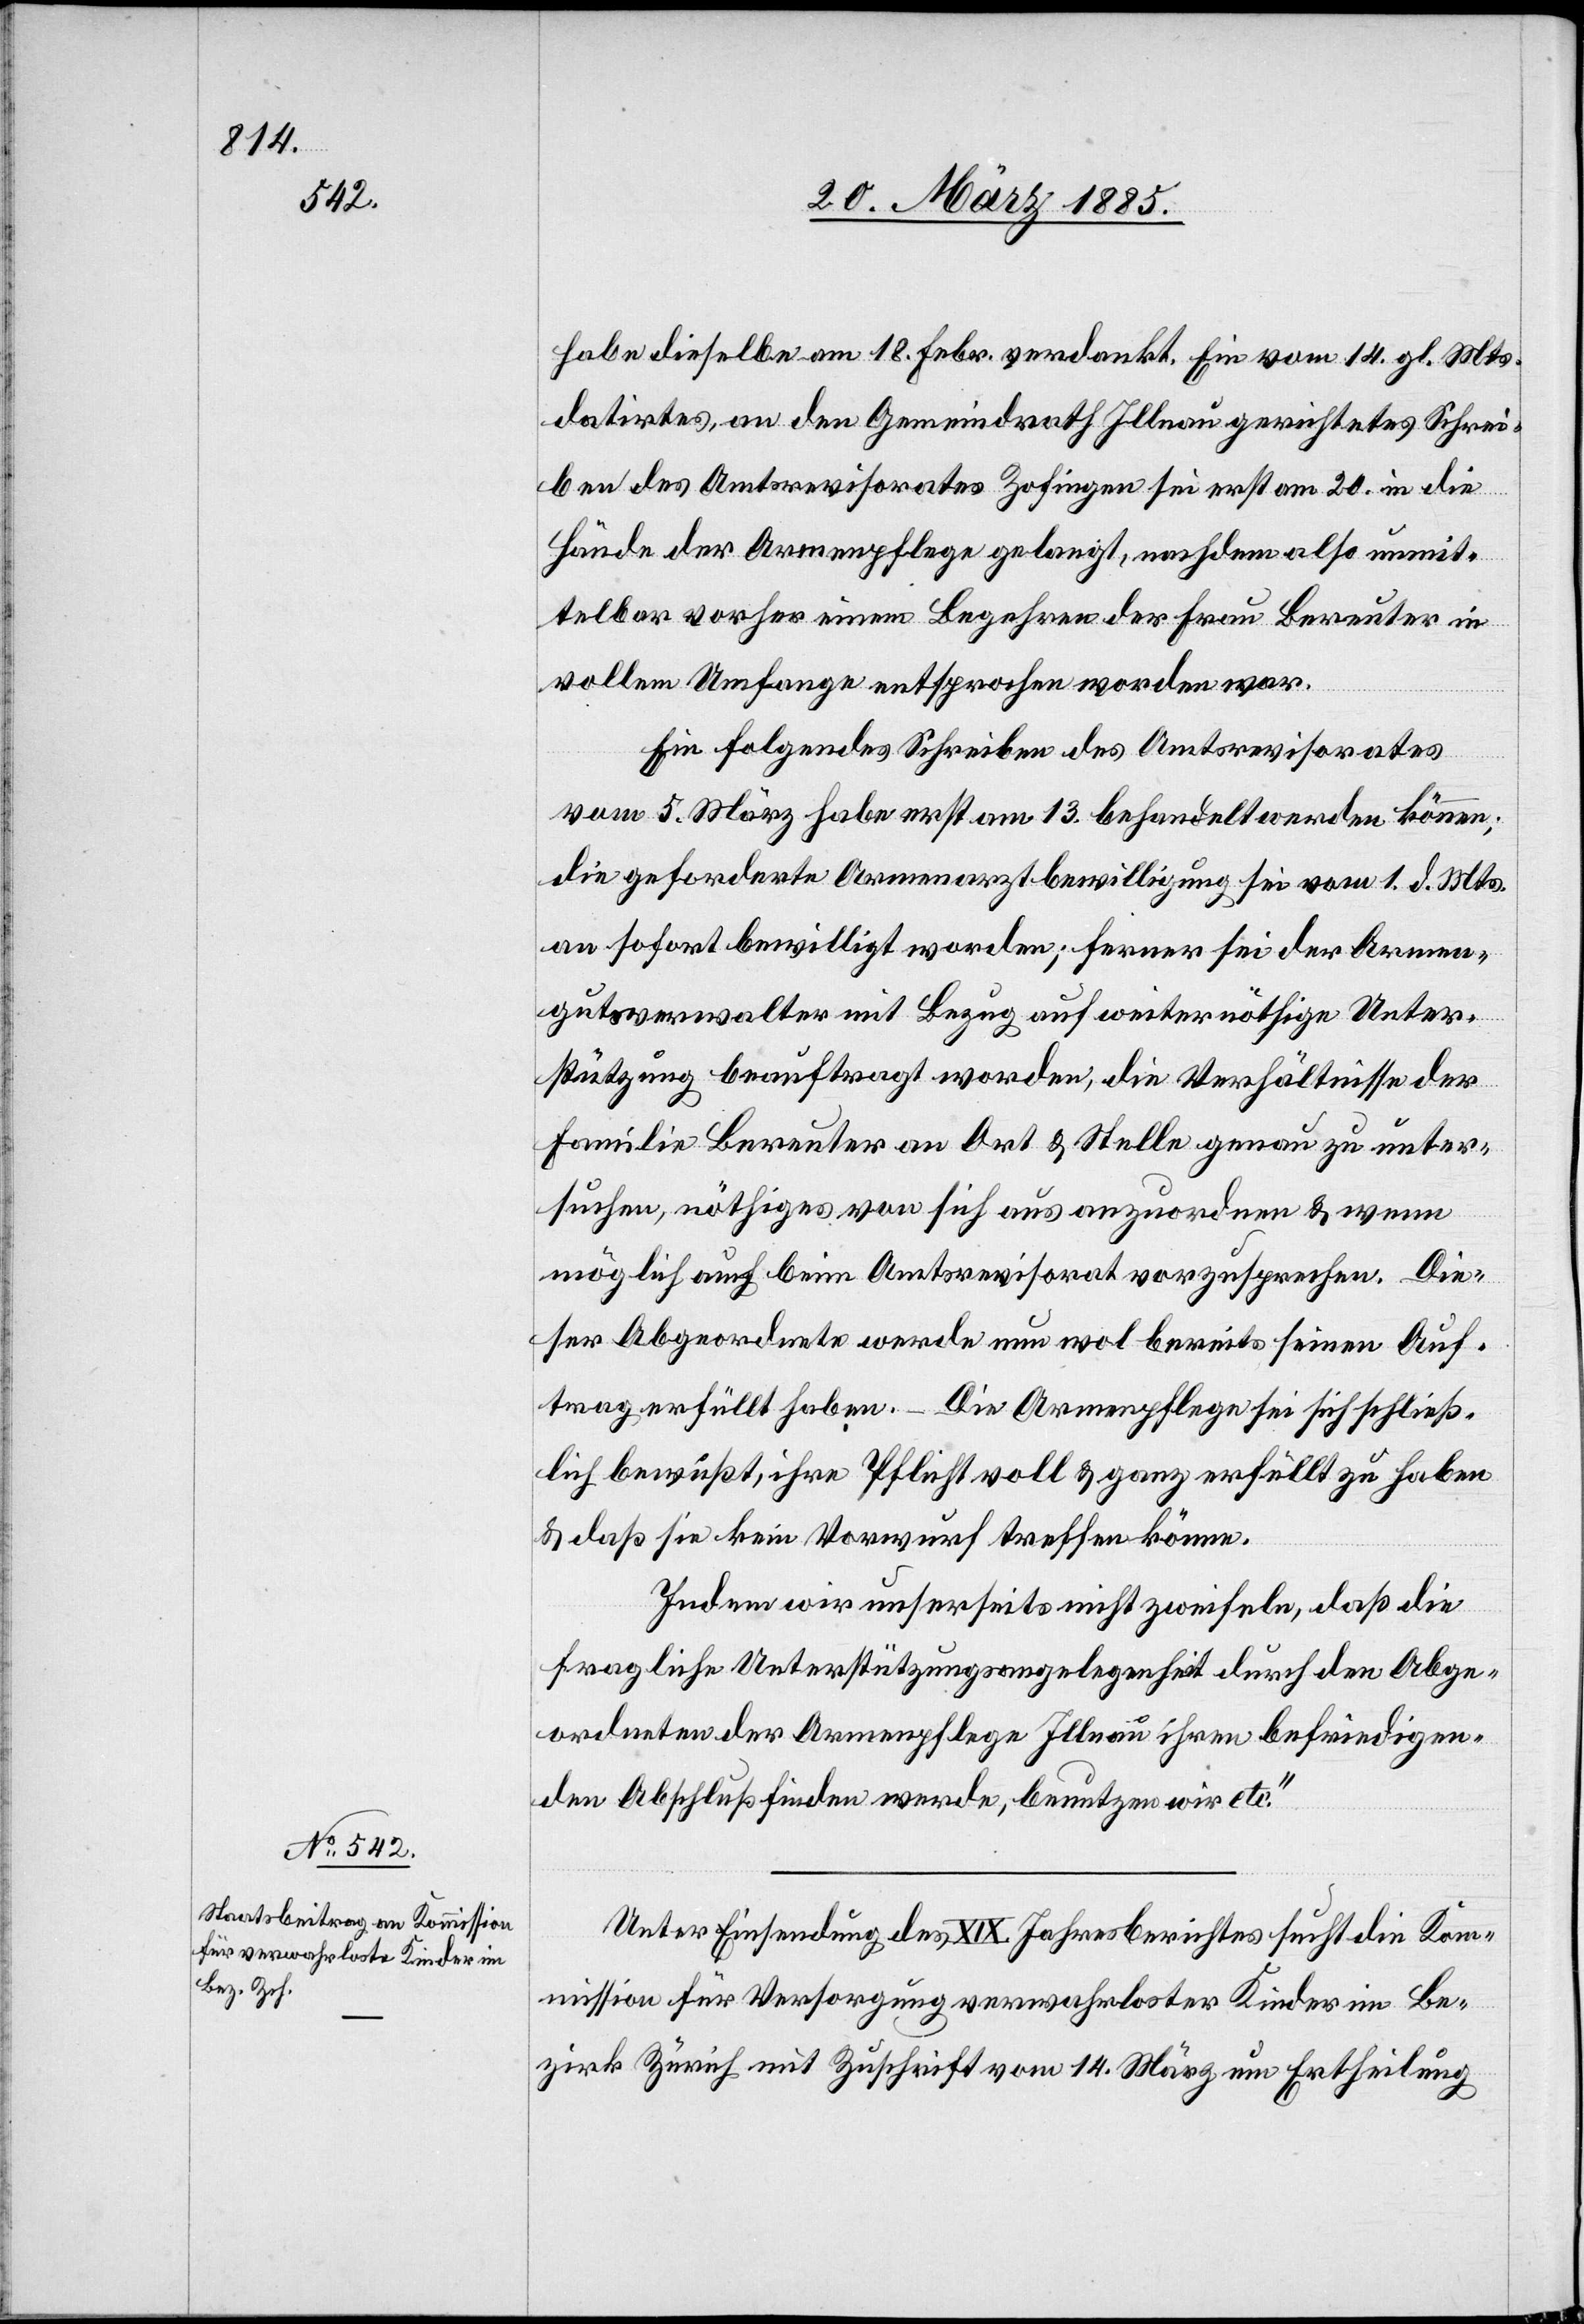
habe dieselbe am 18. Febr. verdankt. Ein vom 14. gl. Mts.
datirtes, an den Gemeindrath Illnau gerichtetes Schrei¬
ben des Amtsrevisorates Zofingen sei erst am 20. in die
Hände der Armenpflege gelangt, nachdem also unmit¬
telbar vorher einem Begehren der Frau Bereuter in
vollem Umfangen entsprochen worden war.
Ein folgendes Schreiben des Amtsrevisorates
vom 5. März habe erst am 13. behandelt werden können;
die geforderte Armenarztbewilligung sei vom 1. d. Mts.
an sofort bewilligt worden; ferner sei der Armen¬
gutsverwalter mit Bezug auf weiter nöthige Unter¬
stützung beauftragt worden, die Verhältnisse der
Familie Bereuter an Ort & Stelle genau zu unter¬
suchen, nöthiges von sich aus anzuordnen & wenn
möglich auch beim Amtsrevisorat vorzusprechen. Die¬
ser Abgeordnete werde nun wol bereits seinen Auf¬
trag erfüllt haben. – Die Armenpflege sei sich schließ¬
lich bewußt, ihre Pflicht voll & ganz erfüllt zu haben
& daß sie kein Vorwurf treffen könne.
Indem wir unserseits nicht zweifeln, daß die
fragliche Unterstützungsangelegenheit durch den Abge¬
ordneten der Armenpflege Illnau ihren befriedigen¬
den Abschluß finden werde, benutzten wir etc.“
Unter Einsendung des XIX. Jahresberichtes sucht die Kom¬
mission für Versorgung verwahrloster Kinder im Be¬
zirk Zürich mit Zuschrift vom 14. März um Ertheilung